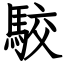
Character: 駮